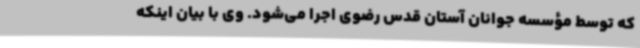
که توسط مؤسسه جوانان آستان قدس رضوی اجرا می‌شود. وی با بیان اینکه